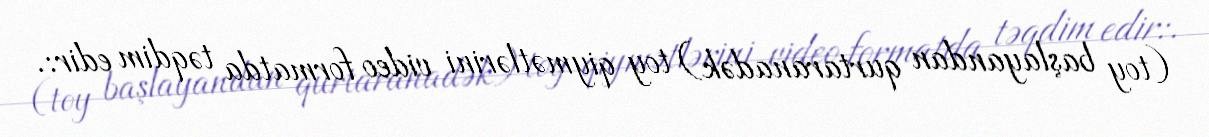
(toy başlayandan qurtaranadək) toy qiymətlərini video formatda təqdim edir:.